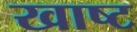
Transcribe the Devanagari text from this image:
खाष्ट